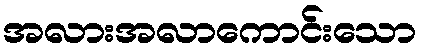
အလားအလာကောင်းသော